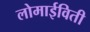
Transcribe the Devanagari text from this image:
लोमाईविती